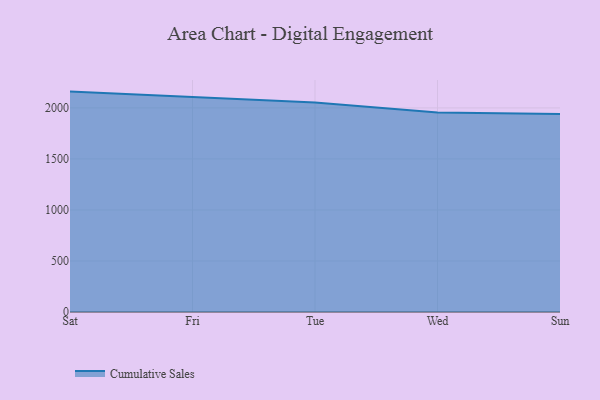
{"axis": {"x": "Day", "y": "Tickets Resolved"}, "legend": ["Cumulative Sales"], "data": [{"x": "Sat", "y": 2159.9, "type": "Cumulative Sales"}, {"x": "Fri", "y": 2104.6, "type": "Cumulative Sales"}, {"x": "Tue", "y": 2054.1, "type": "Cumulative Sales"}, {"x": "Wed", "y": 1956.3, "type": "Cumulative Sales"}, {"x": "Sun", "y": 1940.4, "type": "Cumulative Sales"}]}